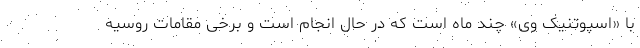
با «اسپوتنیک وی» چند ماه است که در حال انجام است و برخی مقامات روسیه